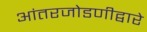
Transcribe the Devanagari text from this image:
आंतरजोडणीद्वारे